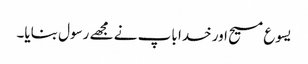
یسوع مسیح اور خدا باپ نے مجھے رسول بنایا۔